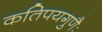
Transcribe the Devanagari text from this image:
कतिपयगुणैः